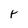
Character: r